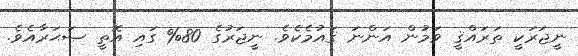
ނީޖަރަކީ ތަރައްޤީ ވަމުން އަންނަ ޤައުމެކެވެ. ނީޖަރުގެ 80% ގައި އޮތީ ޞަޙަރާއެވެ.